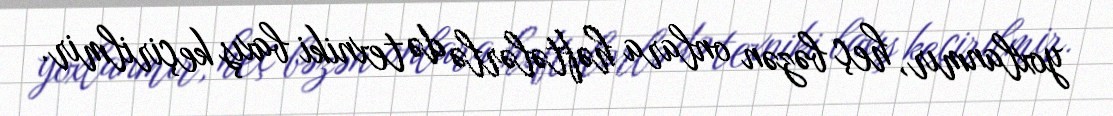
yoxlanmır, heç bəzən onlara həftələrlə də texniki baxış keçirilmir.